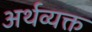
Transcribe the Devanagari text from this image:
अर्थव्यक्त